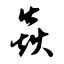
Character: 焱